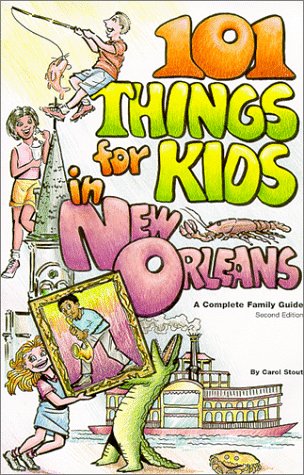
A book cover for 101 Things for Kids in New Orleans; Carol Anne Stout; Travel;